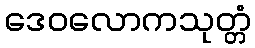
ဒေဝလောကသုတ္တံ